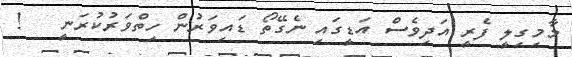
މާމިގިލީ ފެރީ އަދިވެސް އަޑީގައި ނެގޭތޯ ޑައިވަރުން ހިތްވަރުކުރަނީ   !